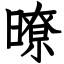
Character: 暸